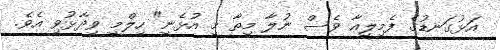
އަޅުގަނޑުގެ ފެމިލީއާ ވެސް ނުލާ މިތާ މި އުޅެނީ" ހިލްމީ ވިދާޅުވި އެވެ.